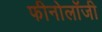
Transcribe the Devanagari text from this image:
फीनोलॉजी